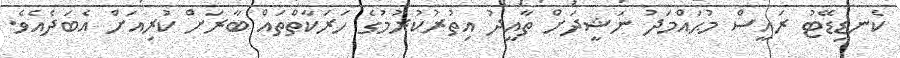
ކެނޑިޑޭޓު ރައީސް މުޙައްމަދު ނަޝީދަށް ތާއީދު އިތުރުކުރުމުގެ ހަރަކާތްތައް ބާރަށް ކުރިއަށް އެބަދެއެވެ.